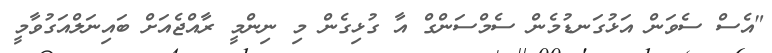
"އެސް ސެވަން އަޅުގަނޑުމެން ސެމްސަންގް އާ ގުޅިގެން މި ނިންމީ ރާއްޖެއަށް ބައިނަލްއަގުވާމީ